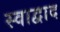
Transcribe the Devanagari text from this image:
स्वाद्वाद